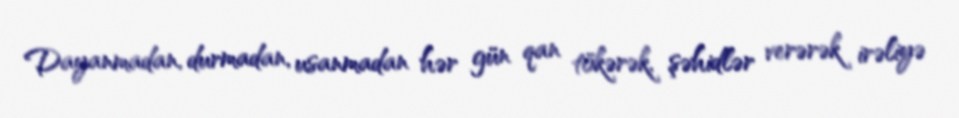
Dayanmadan, durmadan, usanmadan hər gün qan tökərək, şəhidlər verərək irəliyə